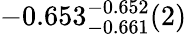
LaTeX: -0.653_{-0.661}^{-0.652}(2)